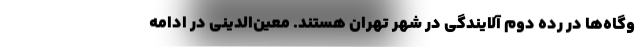
وگاه‌ها در رده دوم آلایندگی در شهر تهران هستند. معین‌الدینی در ادامه